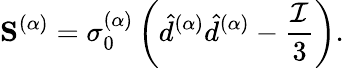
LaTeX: \mathbf{S}^{(\alpha)}=\sigma_{0}^{(\alpha)}\left(\hat{d}^{(\alpha)}\hat{d}^{(\alpha)}-\frac{\mathcal{I}}{3}\right).